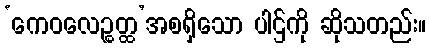
‘ကေဝလေဉ္စတ္ထ’အစရှိသော ပါဌ်ကို ဆိုသတည်း။